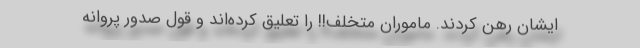
ایشان رهن کردند. ماموران متخلف!! را تعلیق کرده‌اند و قول صدور پروانه